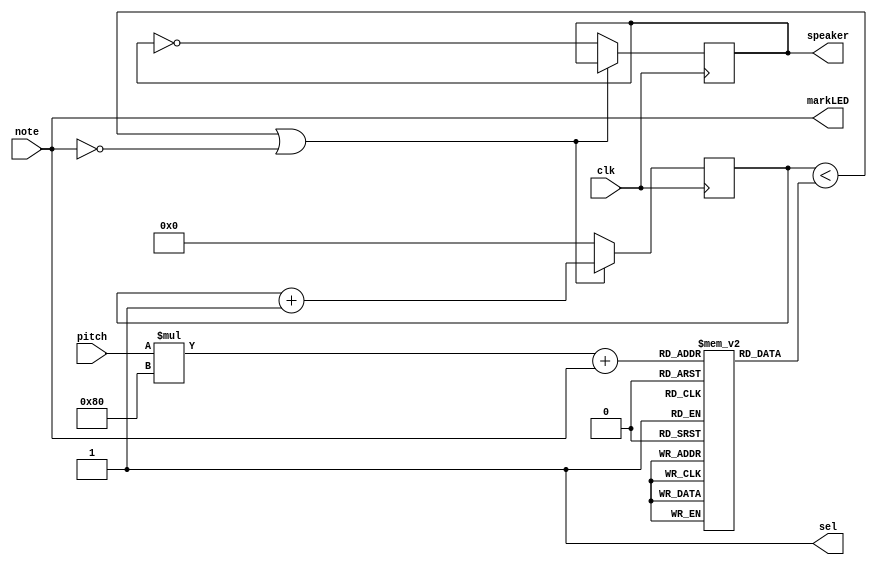
    `timescale 1ns / 1ps
    //////////////////////////////////////////////////////////////////////////////////
    // input: clk, note, pitch;
    // output: pwm, sel, mrakLED
    
    // module Buzzer(clk, note, pitch) // PARAMETER: clk note7vectorpitch3vector
    // note one-hot. 0000001do0000010rebit11000001dosi
    // pitchone-hot()001010100
    // constraintBuzzer_constraint.xdc
    // FPGASW7-P56dosiU3U2V2
    // FPGALED
    
    // Design Name: MiniPiano
    // Module Name: Buzzer
    // Project Name: MiniPiano
    // Target Devices: xc7a35tcsg324-1
    // Description:  This module aims to achieve such functionality: when the input represent "do", then the buzzer will let out "do" sound.
    // 
    // Dependencies: The CONTROLLER will send clk,notes and pitch to this module.
    // 
    // Revision:11/30 Simultaneous press functionality realized.
    // Revision 0.01 - File Created
    // Additional Comments:
    // 
    //////////////////////////////////////////////////////////////////////////////////
    
    
    module Buzzer(
    input wire clk, // Clock signal
    input wire[6:0] note, // Note
    input [2:0] pitch, 
    output speaker, // Buzzer output signal
    output sel,
    output [6:0] markLED
    );
    assign sel = 1; // Set M6 pin to 1.
    assign markLED[0] = note[0]; // Set the input of LED marks.
    assign markLED[1] = note[1];
    assign markLED[2] = note[2];
    assign markLED[3] = note[3];
    assign markLED[4] = note[4];
    assign markLED[5] = note[5];
    assign markLED[6] = note[6]; // Remember to modify corresponding constraint file for markLED!
    
    
    //wire [6:0]note;
    reg [31:0] notes[4:0][127:0]; // Frequency of notes.
    initial // The calculation of frequency: refer to Frequency.java in directory "ref".
    begin
    notes[1][1] = 381680;
    notes[1][2] = 340136;
    notes[1][3] = 360908;
    notes[1][4] = 303030;
    notes[1][5] = 342355;
    notes[1][6] = 321583;
    notes[1][7] = 341615;
    notes[1][8] = 286368;
    notes[1][9] = 334024;
    notes[1][10] = 313252;
    notes[1][11] = 336061;
    notes[1][12] = 294699;
    notes[1][13] = 323692;
    notes[1][14] = 309844;
    notes[1][15] = 327803;
    notes[1][16] = 255102;
    notes[1][17] = 318391;
    notes[1][18] = 297619;
    notes[1][19] = 325639;
    notes[1][20] = 279066;
    notes[1][21] = 313270;
    notes[1][22] = 299422;
    notes[1][23] = 319987;
    notes[1][24] = 270735;
    notes[1][25] = 307716;
    notes[1][26] = 293868;
    notes[1][27] = 315821;
    notes[1][28] = 281500;
    notes[1][29] = 306545;
    notes[1][30] = 296159;
    notes[1][31] = 313263;
    notes[1][32] = 227273;
    notes[1][33] = 304476;
    notes[1][34] = 283704;
    notes[1][35] = 316363;
    notes[1][36] = 265151;
    notes[1][37] = 303994;
    notes[1][38] = 290146;
    notes[1][39] = 313029;
    notes[1][40] = 256820;
    notes[1][41] = 298440;
    notes[1][42] = 284592;
    notes[1][43] = 308864;
    notes[1][44] = 272223;
    notes[1][45] = 299587;
    notes[1][46] = 289201;
    notes[1][47] = 307697;
    notes[1][48] = 241187;
    notes[1][49] = 288018;
    notes[1][50] = 274170;
    notes[1][51] = 301047;
    notes[1][52] = 261801;
    notes[1][53] = 291771;
    notes[1][54] = 281385;
    notes[1][55] = 301444;
    notes[1][56] = 256247;
    notes[1][57] = 287605;
    notes[1][58] = 277219;
    notes[1][59] = 298111;
    notes[1][60] = 267943;
    notes[1][61] = 290690;
    notes[1][62] = 282381;
    notes[1][63] = 298931;
    notes[1][64] = 202429;
    notes[1][65] = 292054;
    notes[1][66] = 271282;
    notes[1][67] = 308081;
    notes[1][68] = 252729;
    notes[1][69] = 295713;
    notes[1][70] = 281865;
    notes[1][71] = 306818;
    notes[1][72] = 244398;
    notes[1][73] = 290159;
    notes[1][74] = 276311;
    notes[1][75] = 302653;
    notes[1][76] = 263942;
    notes[1][77] = 293376;
    notes[1][78] = 282990;
    notes[1][79] = 302728;
    notes[1][80] = 228765;
    notes[1][81] = 279737;
    notes[1][82] = 265889;
    notes[1][83] = 294836;
    notes[1][84] = 253520;
    notes[1][85] = 285560;
    notes[1][86] = 275174;
    notes[1][87] = 296475;
    notes[1][88] = 247966;
    notes[1][89] = 281394;
    notes[1][90] = 271008;
    notes[1][91] = 293143;
    notes[1][92] = 261732;
    notes[1][93] = 285721;
    notes[1][94] = 277413;
    notes[1][95] = 294790;
    notes[1][96] = 214851;
    notes[1][97] = 270460;
    notes[1][98] = 256612;
    notes[1][99] = 287879;
    notes[1][100] = 244244;
    notes[1][101] = 278603;
    notes[1][102] = 268217;
    notes[1][103] = 290909;
    notes[1][104] = 238690;
    notes[1][105] = 274437;
    notes[1][106] = 264051;
    notes[1][107] = 287577;
    notes[1][108] = 254775;
    notes[1][109] = 280156;
    notes[1][110] = 271847;
    notes[1][111] = 290152;
    notes[1][112] = 228268;
    notes[1][113] = 266621;
    notes[1][114] = 256235;
    notes[1][115] = 281324;
    notes[1][116] = 246958;
    notes[1][117] = 273902;
    notes[1][118] = 265594;
    notes[1][119] = 284941;
    notes[1][120] = 242793;
    notes[1][121] = 270570;
    notes[1][122] = 262261;
    notes[1][123] = 282164;
    notes[1][124] = 254840;
    notes[1][125] = 275980;
    notes[1][126] = 269056;
    notes[1][127] = 285145;
    notes[2][1] = 191112;
    notes[2][2] = 170068;
    notes[2][3] = 180590;
    notes[2][4] = 151515;
    notes[2][5] = 171313;
    notes[2][6] = 160791;
    notes[2][7] = 170898;
    notes[2][8] = 142857;
    notes[2][9] = 166984;
    notes[2][10] = 156462;
    notes[2][11] = 168012;
    notes[2][12] = 147186;
    notes[2][13] = 161828;
    notes[2][14] = 154813;
    notes[2][15] = 163888;
    notes[2][16] = 127551;
    notes[2][17] = 159331;
    notes[2][18] = 148809;
    notes[2][19] = 162910;
    notes[2][20] = 139533;
    notes[2][21] = 156726;
    notes[2][22] = 149711;
    notes[2][23] = 160061;
    notes[2][24] = 135204;
    notes[2][25] = 153840;
    notes[2][26] = 146825;
    notes[2][27] = 157897;
    notes[2][28] = 140641;
    notes[2][29] = 153258;
    notes[2][30] = 147997;
    notes[2][31] = 156620;
    notes[2][32] = 113636;
    notes[2][33] = 152374;
    notes[2][34] = 141852;
    notes[2][35] = 158272;
    notes[2][36] = 132575;
    notes[2][37] = 152087;
    notes[2][38] = 145073;
    notes[2][39] = 156582;
    notes[2][40] = 128246;
    notes[2][41] = 149201;
    notes[2][42] = 142187;
    notes[2][43] = 154418;
    notes[2][44] = 136002;
    notes[2][45] = 149780;
    notes[2][46] = 144519;
    notes[2][47] = 153837;
    notes[2][48] = 120593;
    notes[2][49] = 144099;
    notes[2][50] = 137085;
    notes[2][51] = 150591;
    notes[2][52] = 130900;
    notes[2][53] = 145953;
    notes[2][54] = 140692;
    notes[2][55] = 150776;
    notes[2][56] = 128014;
    notes[2][57] = 143789;
    notes[2][58] = 138528;
    notes[2][59] = 149044;
    notes[2][60] = 133889;
    notes[2][61] = 145334;
    notes[2][62] = 141125;
    notes[2][63] = 149456;
    notes[2][64] = 101215;
    notes[2][65] = 146163;
    notes[2][66] = 135641;
    notes[2][67] = 154131;
    notes[2][68] = 126365;
    notes[2][69] = 147947;
    notes[2][70] = 140932;
    notes[2][71] = 153477;
    notes[2][72] = 122036;
    notes[2][73] = 145061;
    notes[2][74] = 138046;
    notes[2][75] = 151313;
    notes[2][76] = 131862;
    notes[2][77] = 146674;
    notes[2][78] = 141413;
    notes[2][79] = 151353;
    notes[2][80] = 114383;
    notes[2][81] = 139959;
    notes[2][82] = 132944;
    notes[2][83] = 147486;
    notes[2][84] = 126760;
    notes[2][85] = 142848;
    notes[2][86] = 137587;
    notes[2][87] = 148292;
    notes[2][88] = 123874;
    notes[2][89] = 140683;
    notes[2][90] = 135422;
    notes[2][91] = 146560;
    notes[2][92] = 130784;
    notes[2][93] = 142850;
    notes[2][94] = 138641;
    notes[2][95] = 147386;
    notes[2][96] = 107425;
    notes[2][97] = 135321;
    notes[2][98] = 128306;
    notes[2][99] = 144007;
    notes[2][100] = 122122;
    notes[2][101] = 139369;
    notes[2][102] = 134108;
    notes[2][103] = 145509;
    notes[2][104] = 119236;
    notes[2][105] = 137205;
    notes[2][106] = 131944;
    notes[2][107] = 143777;
    notes[2][108] = 127305;
    notes[2][109] = 140067;
    notes[2][110] = 135858;
    notes[2][111] = 145067;
    notes[2][112] = 114134;
    notes[2][113] = 133378;
    notes[2][114] = 128117;
    notes[2][115] = 140716;
    notes[2][116] = 123479;
    notes[2][117] = 137005;
    notes[2][118] = 132797;
    notes[2][119] = 142516;
    notes[2][120] = 121314;
    notes[2][121] = 135274;
    notes[2][122] = 131065;
    notes[2][123] = 141073;
    notes[2][124] = 127354;
    notes[2][125] = 137981;
    notes[2][126] = 134473;
    notes[2][127] = 142564;
    notes[4][1] = 95556;
    notes[4][2] = 85034;
    notes[4][3] = 90295;
    notes[4][4] = 75757;
    notes[4][5] = 85656;
    notes[4][6] = 80395;
    notes[4][7] = 85449;
    notes[4][8] = 71429;
    notes[4][9] = 83492;
    notes[4][10] = 78231;
    notes[4][11] = 84006;
    notes[4][12] = 73593;
    notes[4][13] = 80914;
    notes[4][14] = 77406;
    notes[4][15] = 81944;
    notes[4][16] = 63776;
    notes[4][17] = 79666;
    notes[4][18] = 74405;
    notes[4][19] = 81455;
    notes[4][20] = 69766;
    notes[4][21] = 78363;
    notes[4][22] = 74855;
    notes[4][23] = 80030;
    notes[4][24] = 67602;
    notes[4][25] = 76920;
    notes[4][26] = 73413;
    notes[4][27] = 78948;
    notes[4][28] = 70320;
    notes[4][29] = 76629;
    notes[4][30] = 73999;
    notes[4][31] = 78310;
    notes[4][32] = 56818;
    notes[4][33] = 76187;
    notes[4][34] = 70926;
    notes[4][35] = 79136;
    notes[4][36] = 66287;
    notes[4][37] = 76043;
    notes[4][38] = 72536;
    notes[4][39] = 78291;
    notes[4][40] = 64123;
    notes[4][41] = 74601;
    notes[4][42] = 71093;
    notes[4][43] = 77209;
    notes[4][44] = 68001;
    notes[4][45] = 74890;
    notes[4][46] = 72259;
    notes[4][47] = 76918;
    notes[4][48] = 60297;
    notes[4][49] = 72050;
    notes[4][50] = 68542;
    notes[4][51] = 75296;
    notes[4][52] = 65450;
    notes[4][53] = 72976;
    notes[4][54] = 70346;
    notes[4][55] = 75388;
    notes[4][56] = 64007;
    notes[4][57] = 71894;
    notes[4][58] = 69264;
    notes[4][59] = 74522;
    notes[4][60] = 66945;
    notes[4][61] = 72667;
    notes[4][62] = 70562;
    notes[4][63] = 74728;
    notes[4][64] = 50607;
    notes[4][65] = 73081;
    notes[4][66] = 67820;
    notes[4][67] = 77065;
    notes[4][68] = 63182;
    notes[4][69] = 73973;
    notes[4][70] = 70466;
    notes[4][71] = 76738;
    notes[4][72] = 61018;
    notes[4][73] = 72530;
    notes[4][74] = 69023;
    notes[4][75] = 75656;
    notes[4][76] = 65931;
    notes[4][77] = 73337;
    notes[4][78] = 70706;
    notes[4][79] = 75676;
    notes[4][80] = 57191;
    notes[4][81] = 69979;
    notes[4][82] = 66472;
    notes[4][83] = 73743;
    notes[4][84] = 63380;
    notes[4][85] = 71424;
    notes[4][86] = 68793;
    notes[4][87] = 74146;
    notes[4][88] = 61937;
    notes[4][89] = 70342;
    notes[4][90] = 67711;
    notes[4][91] = 73280;
    notes[4][92] = 65392;
    notes[4][93] = 71425;
    notes[4][94] = 69320;
    notes[4][95] = 73693;
    notes[4][96] = 53712;
    notes[4][97] = 67660;
    notes[4][98] = 64153;
    notes[4][99] = 72003;
    notes[4][100] = 61060;
    notes[4][101] = 69684;
    notes[4][102] = 67054;
    notes[4][103] = 72754;
    notes[4][104] = 59618;
    notes[4][105] = 68602;
    notes[4][106] = 65972;
    notes[4][107] = 71888;
    notes[4][108] = 63652;
    notes[4][109] = 70033;
    notes[4][110] = 67929;
    notes[4][111] = 72533;
    notes[4][112] = 57067;
    notes[4][113] = 66689;
    notes[4][114] = 64058;
    notes[4][115] = 70358;
    notes[4][116] = 61739;
    notes[4][117] = 68502;
    notes[4][118] = 66398;
    notes[4][119] = 71258;
    notes[4][120] = 60657;
    notes[4][121] = 67637;
    notes[4][122] = 65532;
    notes[4][123] = 70536;
    notes[4][124] = 63677;
    notes[4][125] = 68990;
    notes[4][126] = 67236;
    notes[4][127] = 71282;
    end 
    
    reg [31:0] counter;
    reg pwm;
    initial pwm = 0;
    
    always @(posedge clk) begin
        if (counter < notes[pitch][note]|| note == 0) begin 
            counter <= counter + 1'b1;
        end 
        else begin
            pwm=~pwm;
            counter <= 0;
        end
    end
    
    assign speaker = pwm;
    
    endmodule